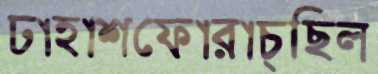
ঢাহাশফোরাচ্ছিল